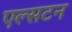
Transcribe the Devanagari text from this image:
एल्सटन